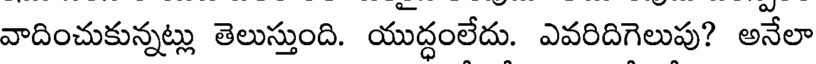
వాదించుకున్నట్లు తెలుస్తుంది. యుద్ధంలేదు. ఎవరిదిగెలుపు? అనేలా